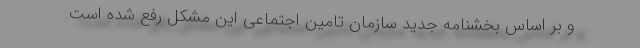
و بر اساس بخشنامه جدید سازمان تامین اجتماعی این مشکل رفع شده است.